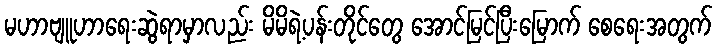
မဟာဗျူဟာရေးဆွဲရာမှာလည်း မိမိရဲ့ပန်းတိုင်တွေ အောင်မြင်ပြီးမြောက် စေရေးအတွက်